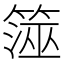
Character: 𥱒